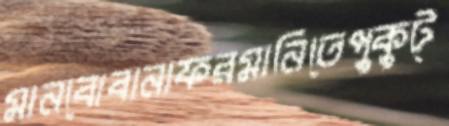
মানবোবানাফরমানিতেপুকুট্